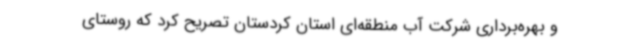
و بهره‌برداری شرکت آب منطقه‌ای استان کردستان تصریح کرد که روستای